Civil Veterinary Department. Madras. Admin. report 1926-33 - 1926-1933
Year: 1926
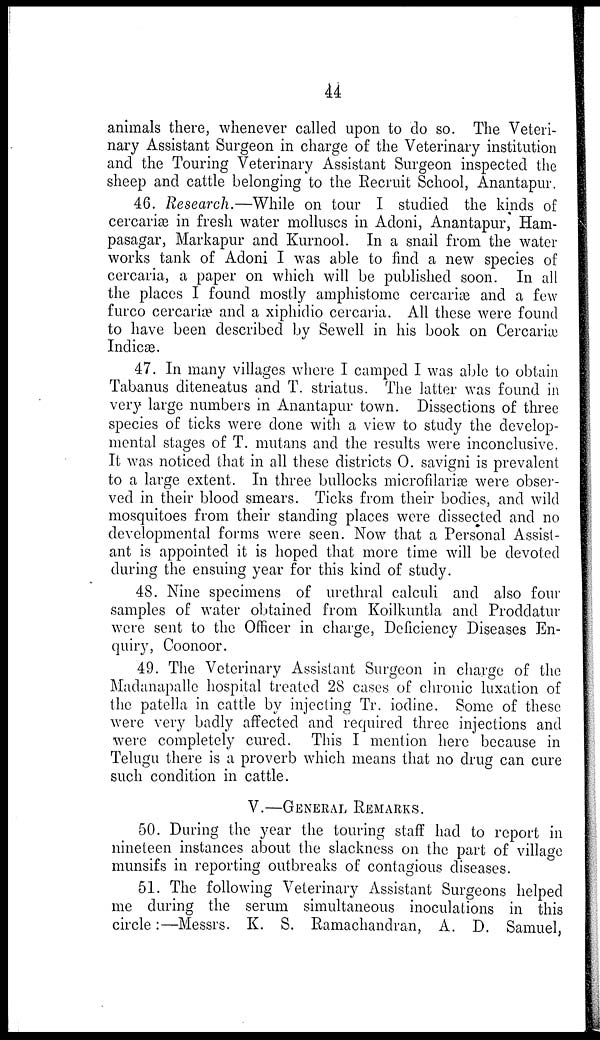
44
animals there, whenever called upon to do so. The Veteri-
nary Assistant Surgeon in charge of the Veterinary institution
and the Touring Veterinary Assistant Surgeon inspected the
sheep and cattle belonging to the Recruit School, Anantapur.
46. Research.—While on tour I studied the kinds of
cercariæ in fresh water molluscs in Adoni, Anantapur, Ham-
pasagar, Markapur and Kurnool. In a snail from the water
works tank of Adoni I was able to find a new species of
cercaria, a paper on which will be published soon. In all
the places I found mostly amphistome cercariæ and a few
furco cercaria? and a xiphidio cercaria. All these were found
to have been described by Sewell in his book on Cercariæ
Indicæ.
47. In many villages where I camped I was able to obtain
Tabanus diteneatus and T. striatus. The latter was found in
very large numbers in Anantapur town. Dissections of three
species of ticks were done with a view to study the develop-
mental stages of T. mutans and the results were inconclusive.
It was noticed that in all these districts 0. savigni is prevalent
to a large extent. In three bullocks microfilariæ were obser-
ved in their blood smears. Ticks from their bodies, and wild
mosquitoes from their standing places were dissected and no
developmental forms were seen. Now that a Personal Assist-
ant is appointed it is hoped that more time will be devoted
during the ensuing year for this kind of study.
48. Nine specimens of urethral calculi and also four
samples of water obtained from Koilkuntla and Proddatur
were sent to the Officer in charge, Deficiency Diseases En-
quiry, Coonoor.
49. The Veterinary Assistant Surgeon in charge of the
Madanapalle hospital treated 28 cases of chronic luxation of
the patella in cattle by injecting Tr. iodine. Some of these
were very badly affected and required three injections and
were completely cured. This I mention here because in
Telugu there is a proverb which means that no drug can cure
such condition in cattle.
V.—GENERAL REMARKS.
50. During the year the touring staff had to report in
nineteen instances about the slackness on the part of village
munsifs in reporting outbreaks of contagious diseases.
51. The following Veterinary Assistant Surgeons helped
me during the serum simultaneous inoculations in this
circle:—Messrs. K. S. Ramachandran, A. D. Samuel,